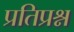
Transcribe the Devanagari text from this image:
प्रतिप्रश्न